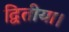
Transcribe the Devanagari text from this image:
द्वितीया।